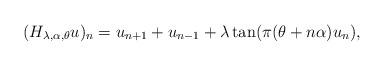
LaTeX: \begin{align*}(H_{\lambda,\alpha,\theta}u)_n=u_{n+1}+u_{n-1}+\lambda\tan(\pi(\theta+n\alpha)u_n),\end{align*}